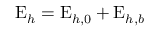
\mathrm { E } _ { h } = \mathrm { E } _ { h , 0 } + \mathrm { E } _ { h , b }